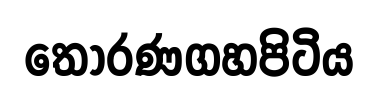
තොරණගහපිටිය